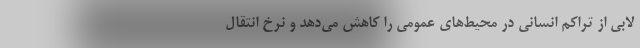
لابی از تراکم انسانی در محیط‌های عمومی را کاهش می‌دهد و نرخ انتقال